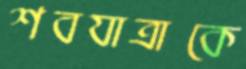
শবযাত্রাকে